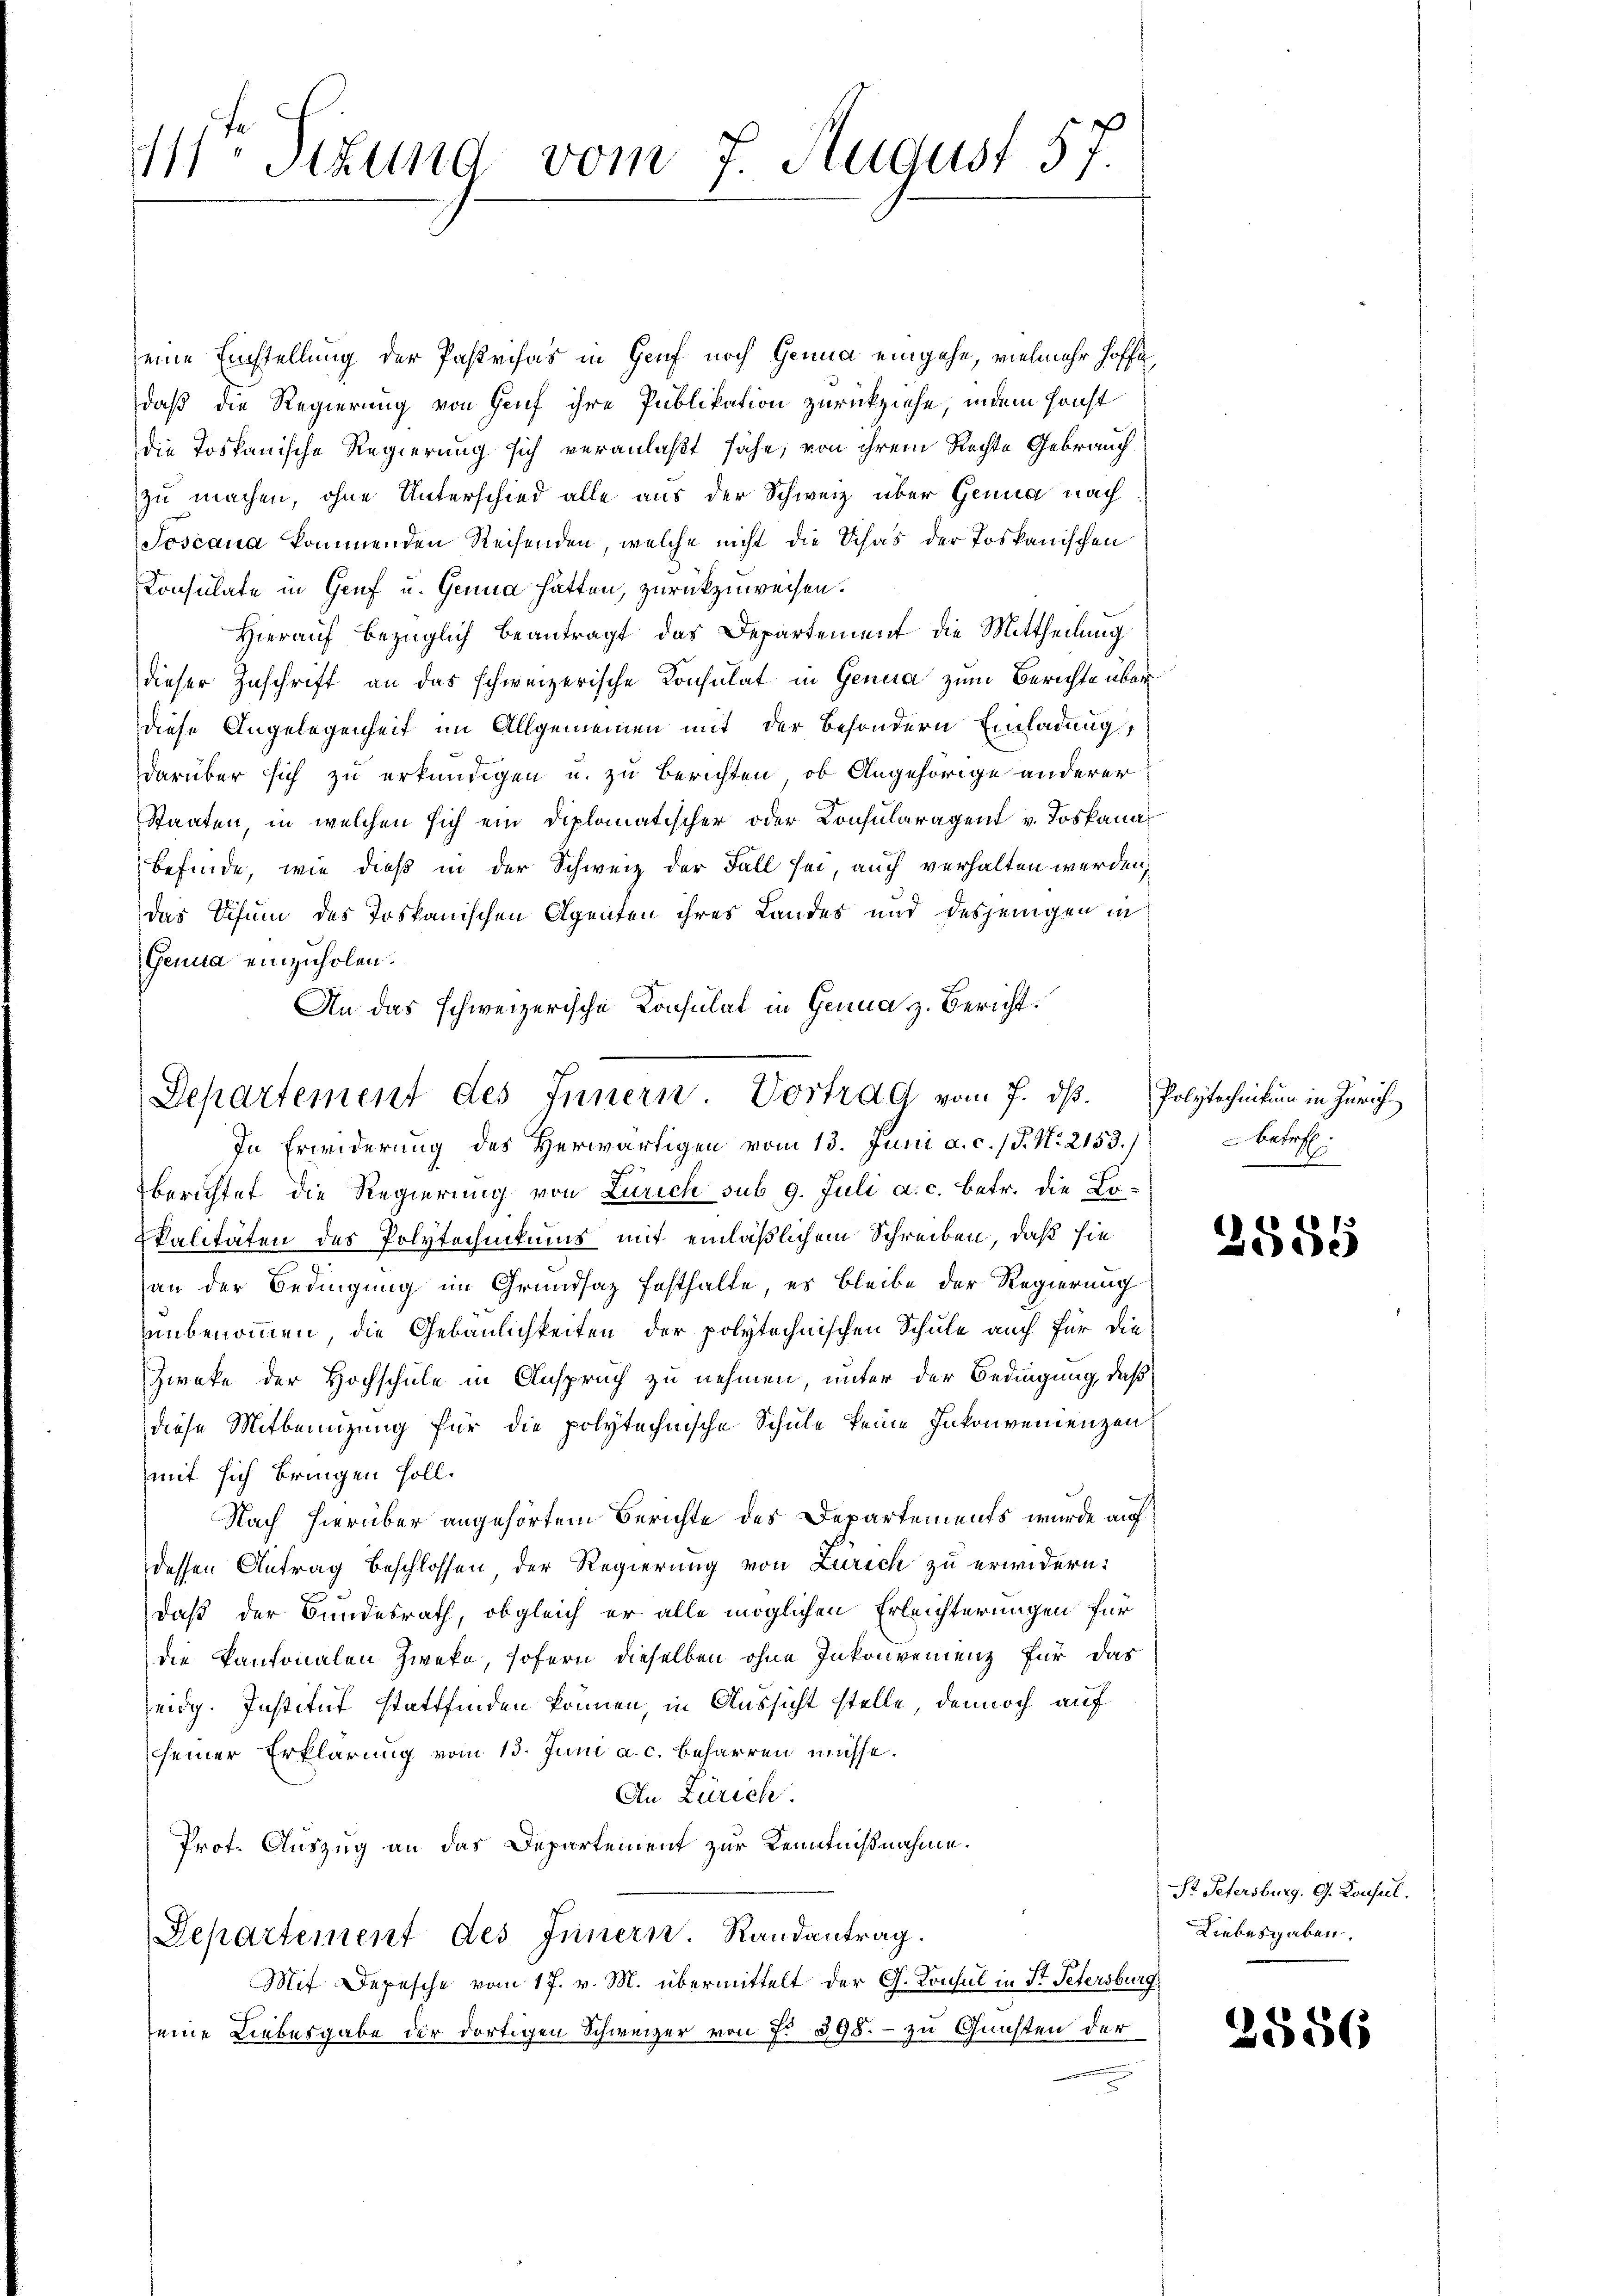
111 Stund vom 7. August 57.

Departement des Innern Vortrag vom 7. dß. Polytechnitum in Zürich

eine Einstellung der Pastrias in Genf noch Genua eingehe, vielmehr hoffe
daß die Regierung von Genf ihre Publikation zurückziehe, indem sonst
die Toskanische Regierung sich veranlaßt sähe, von ihrem Rechte Gebrauch
zu machen, ohne Unterschied alle aus der Schweiz über Genua nach
Joscana kommenden Reisenden, welche nicht die Schad der Toskanischen
Consulate in Genf u. Genua hätten, zurückzuweisen.
Hierauf bezüglich beantragt das Departement die Mittheilung
dieser Zuschrift an das schweizerische Konsulat in Genua zum Berichte über
diese Angelegenheit im Allgemeinen mit der besondern Einladung,
darüber sich zu erkundigen u. zu berichten, ob Angehörige anderer
Staaten, in welchen sich ein Diplomatischer oder Konsularagent v. Toskanal
befinde, wie dieß in der Schweiz der Fall sei, auch verhalten werden,
das Schum des Toskanischen Agenten ihres Landes und desjenigen in
Genua einzuholen.
An das schweizerische Consulat in Genua z. Bericht.
In Erwiderung des Herwärtigen vom 13. Juni a. c. (T. No. 2153.)
berichtet die Regierung von Zürich sub 9. Juli a. c. betr. die Lo-
Ekalitäten des Polytechnikums mit einläßlichem Schreiben, daß sie
an der Bedingung im Grundsaz festhalte, es bleibe der Regierung
unbenommen, die Gebäulichkeiten der polytechnischen Schule auch für die
Zweke der Hochschule in Anspruch zu nehmen, unter der Bedingung, daß
diese Mitbenutzung für die polytechnische Schule keine Inkonvenienzen
mit sich bringen soll.
Nach hierüber angehörtem Berichte des Departements wurde auf
dessen Antrag beschlossen, der Regierung von Zürich zu erwidern:
daß der Bundesrath, obgleich er alle möglichen Erleichterungen für
die Kantonalen Zweke, sofern dieselben ohne Inkonvenienz für das
eidg. Institut stattfinden können, in Aussicht stelle, dennoch auf
seiner Erklärung vom 13. Juni a. c. beharren müsse.
An Zürich.
Prot. Auszug an das Departement zur Kenntnißnahme.
Departement des Innern. Randantrag.
Mit Depesche vom 17. v. M. übermittelt der G. Konsul in St. Petersburg
seine Liebesgabe der dortigen Schweizer von No 398. - zu Gunsten der

betref

1
2500

St Petersburg. G. Konsul
Liebesgaben.

2586